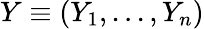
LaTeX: Y\equiv(Y_{1},...,Y_{n})